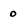
Character: o